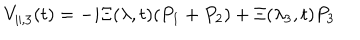
V _ { \parallel , 3 } ( t ) = - i \Xi ( \lambda , t ) ( P _ { 1 } + P _ { 2 } ) + \Xi ( \lambda _ { 3 } , t ) P _ { 3 }